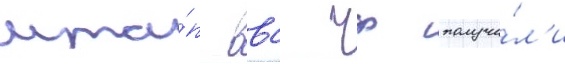
мта́п ввс чф получи́л'и